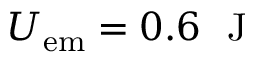
U _ { \mathrm { e m } } = 0 . 6 \ \mathrm { ~ J ~ }